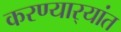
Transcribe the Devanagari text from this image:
करण्यार्‍यांत